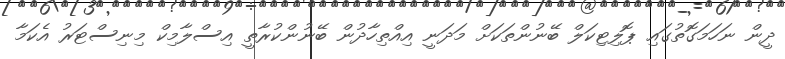
ދީން ނަހަމަގޮތުގައި ޕޮލިޓިކަލް ބޭނުންތަކަށް މަދަނީ އިއްތިހާދުން ބޭނުންކުރާތީ އިސްލާމިކް މިނިސްޓަރު އެކަމާ